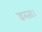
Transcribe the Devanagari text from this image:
डरता।